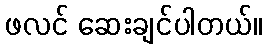
ဖလင် ဆေးချင်ပါတယ်။